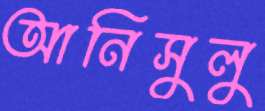
আনিসুলু